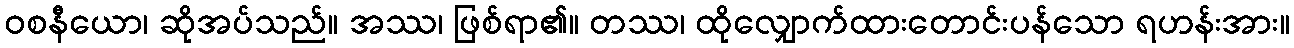
ဝစနီယော၊ ဆိုအပ်သည်။ အဿ၊ ဖြစ်ရာ၏။ တဿ၊ ထိုလျှောက်ထားတောင်းပန်သော ရဟန်းအား။